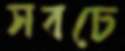
সবচে